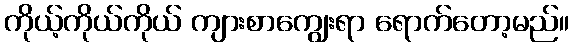
ကိုယ့်ကိုယ်ကိုယ် ကျားစာကျွေးရာ ရောက်တော့မည်။